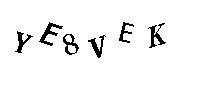
YE8VEK